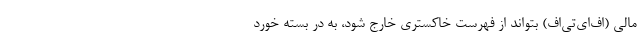
مالی (اف‌ای‌تی‌اف) بتواند از فهرست خاکستری خارج شود، به در بسته خورد